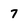
Character: 7